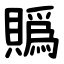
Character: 䞈